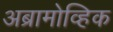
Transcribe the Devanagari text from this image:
अब्रामोव्हिक